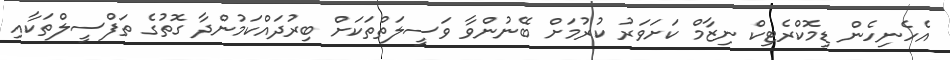
އެހެނިހެން ޑިމޮކްރެޓިކް ނިޒާމް ކަށަވަރު ކުރުމަށް ބޭނުންވާ ވަސީލަތްތަކަށް ބިރުދައްކަމުންދާ ގޮތުގެ ތަފްސީލްތަކާއި